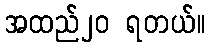
အထည်၂၀ ရတယ်။